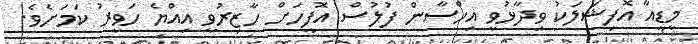
މީޑީއާ އޮފިޝަލަކު ވިދާޅުވީ އިހްސާން ފުލުސް އޮފީހަށް ހާޒިރުވީ އިއްޔެ ހަވީރު ކަމަށެވެ.